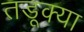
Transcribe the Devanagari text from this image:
तडूक्या